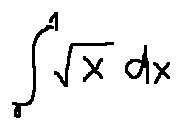
\int \limits _ { 0 } ^ { 1 } \sqrt { x } d x